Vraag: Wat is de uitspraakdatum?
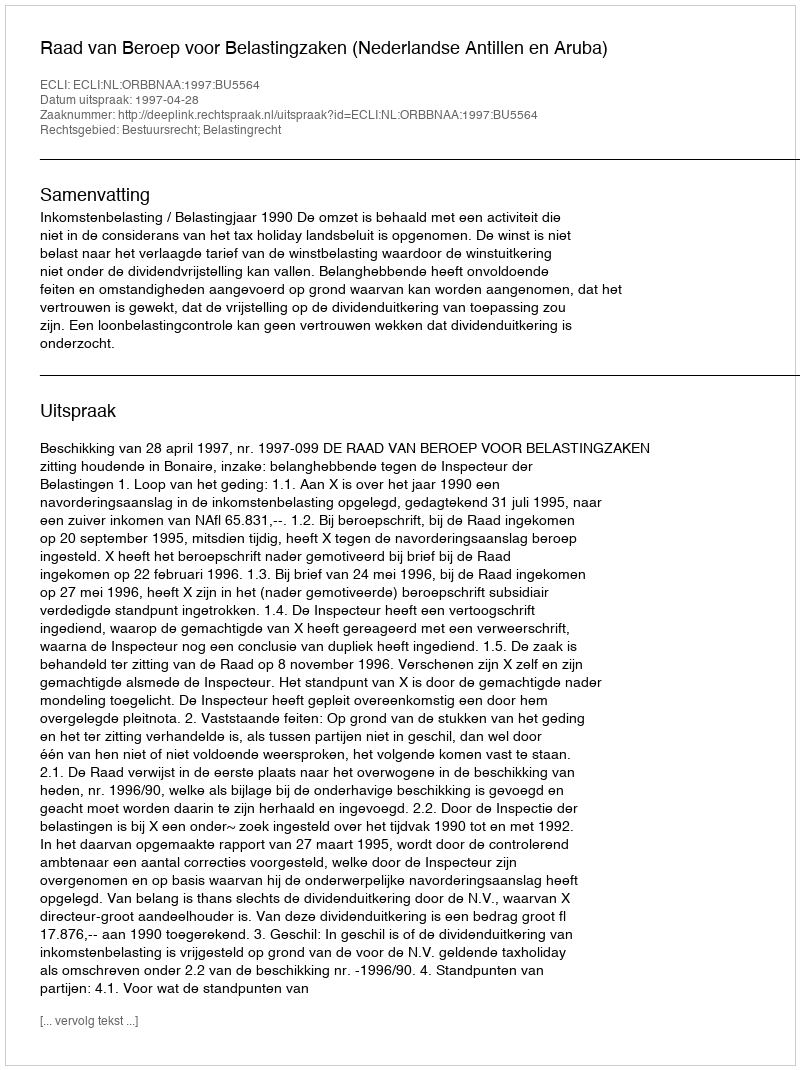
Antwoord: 1997-04-28